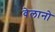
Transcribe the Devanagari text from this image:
वेलानो